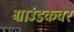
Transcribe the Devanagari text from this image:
ग्राउंडकवर